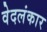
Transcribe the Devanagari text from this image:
वेदलंकार